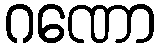
ဂဏော